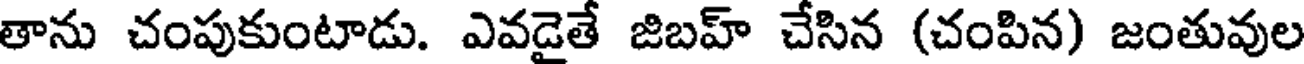
తాను చంపుకుంటాడు. ఎవడైతే జిబహ్ చేసిన (చంపిన) జంతువుల